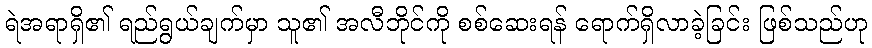
ရဲအရာရှိ၏ ရည်ရွယ်ချက်မှာ သူ၏ အလီဘိုင်ကို စစ်ဆေးရန် ရောက်ရှိလာခဲ့ခြင်း ဖြစ်သည်ဟု